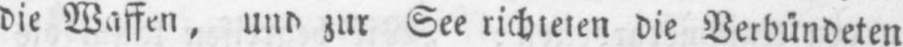
die Waffen, und zur See richteten die Verbündeten